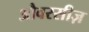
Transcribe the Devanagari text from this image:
औवरसीज़